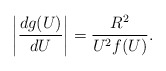
\begin{align*}\left\vert\frac{dg(U)}{dU}\right\vert=\frac{R^2}{U^2 f(U)}.\end{align*}